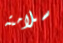
سلامته